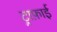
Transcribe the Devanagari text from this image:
ट्राफ़ाई